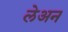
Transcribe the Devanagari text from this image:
लेअन